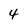
Character: 4